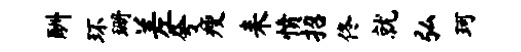
酬环珊差夸瘦耒愤招佟就弘珂